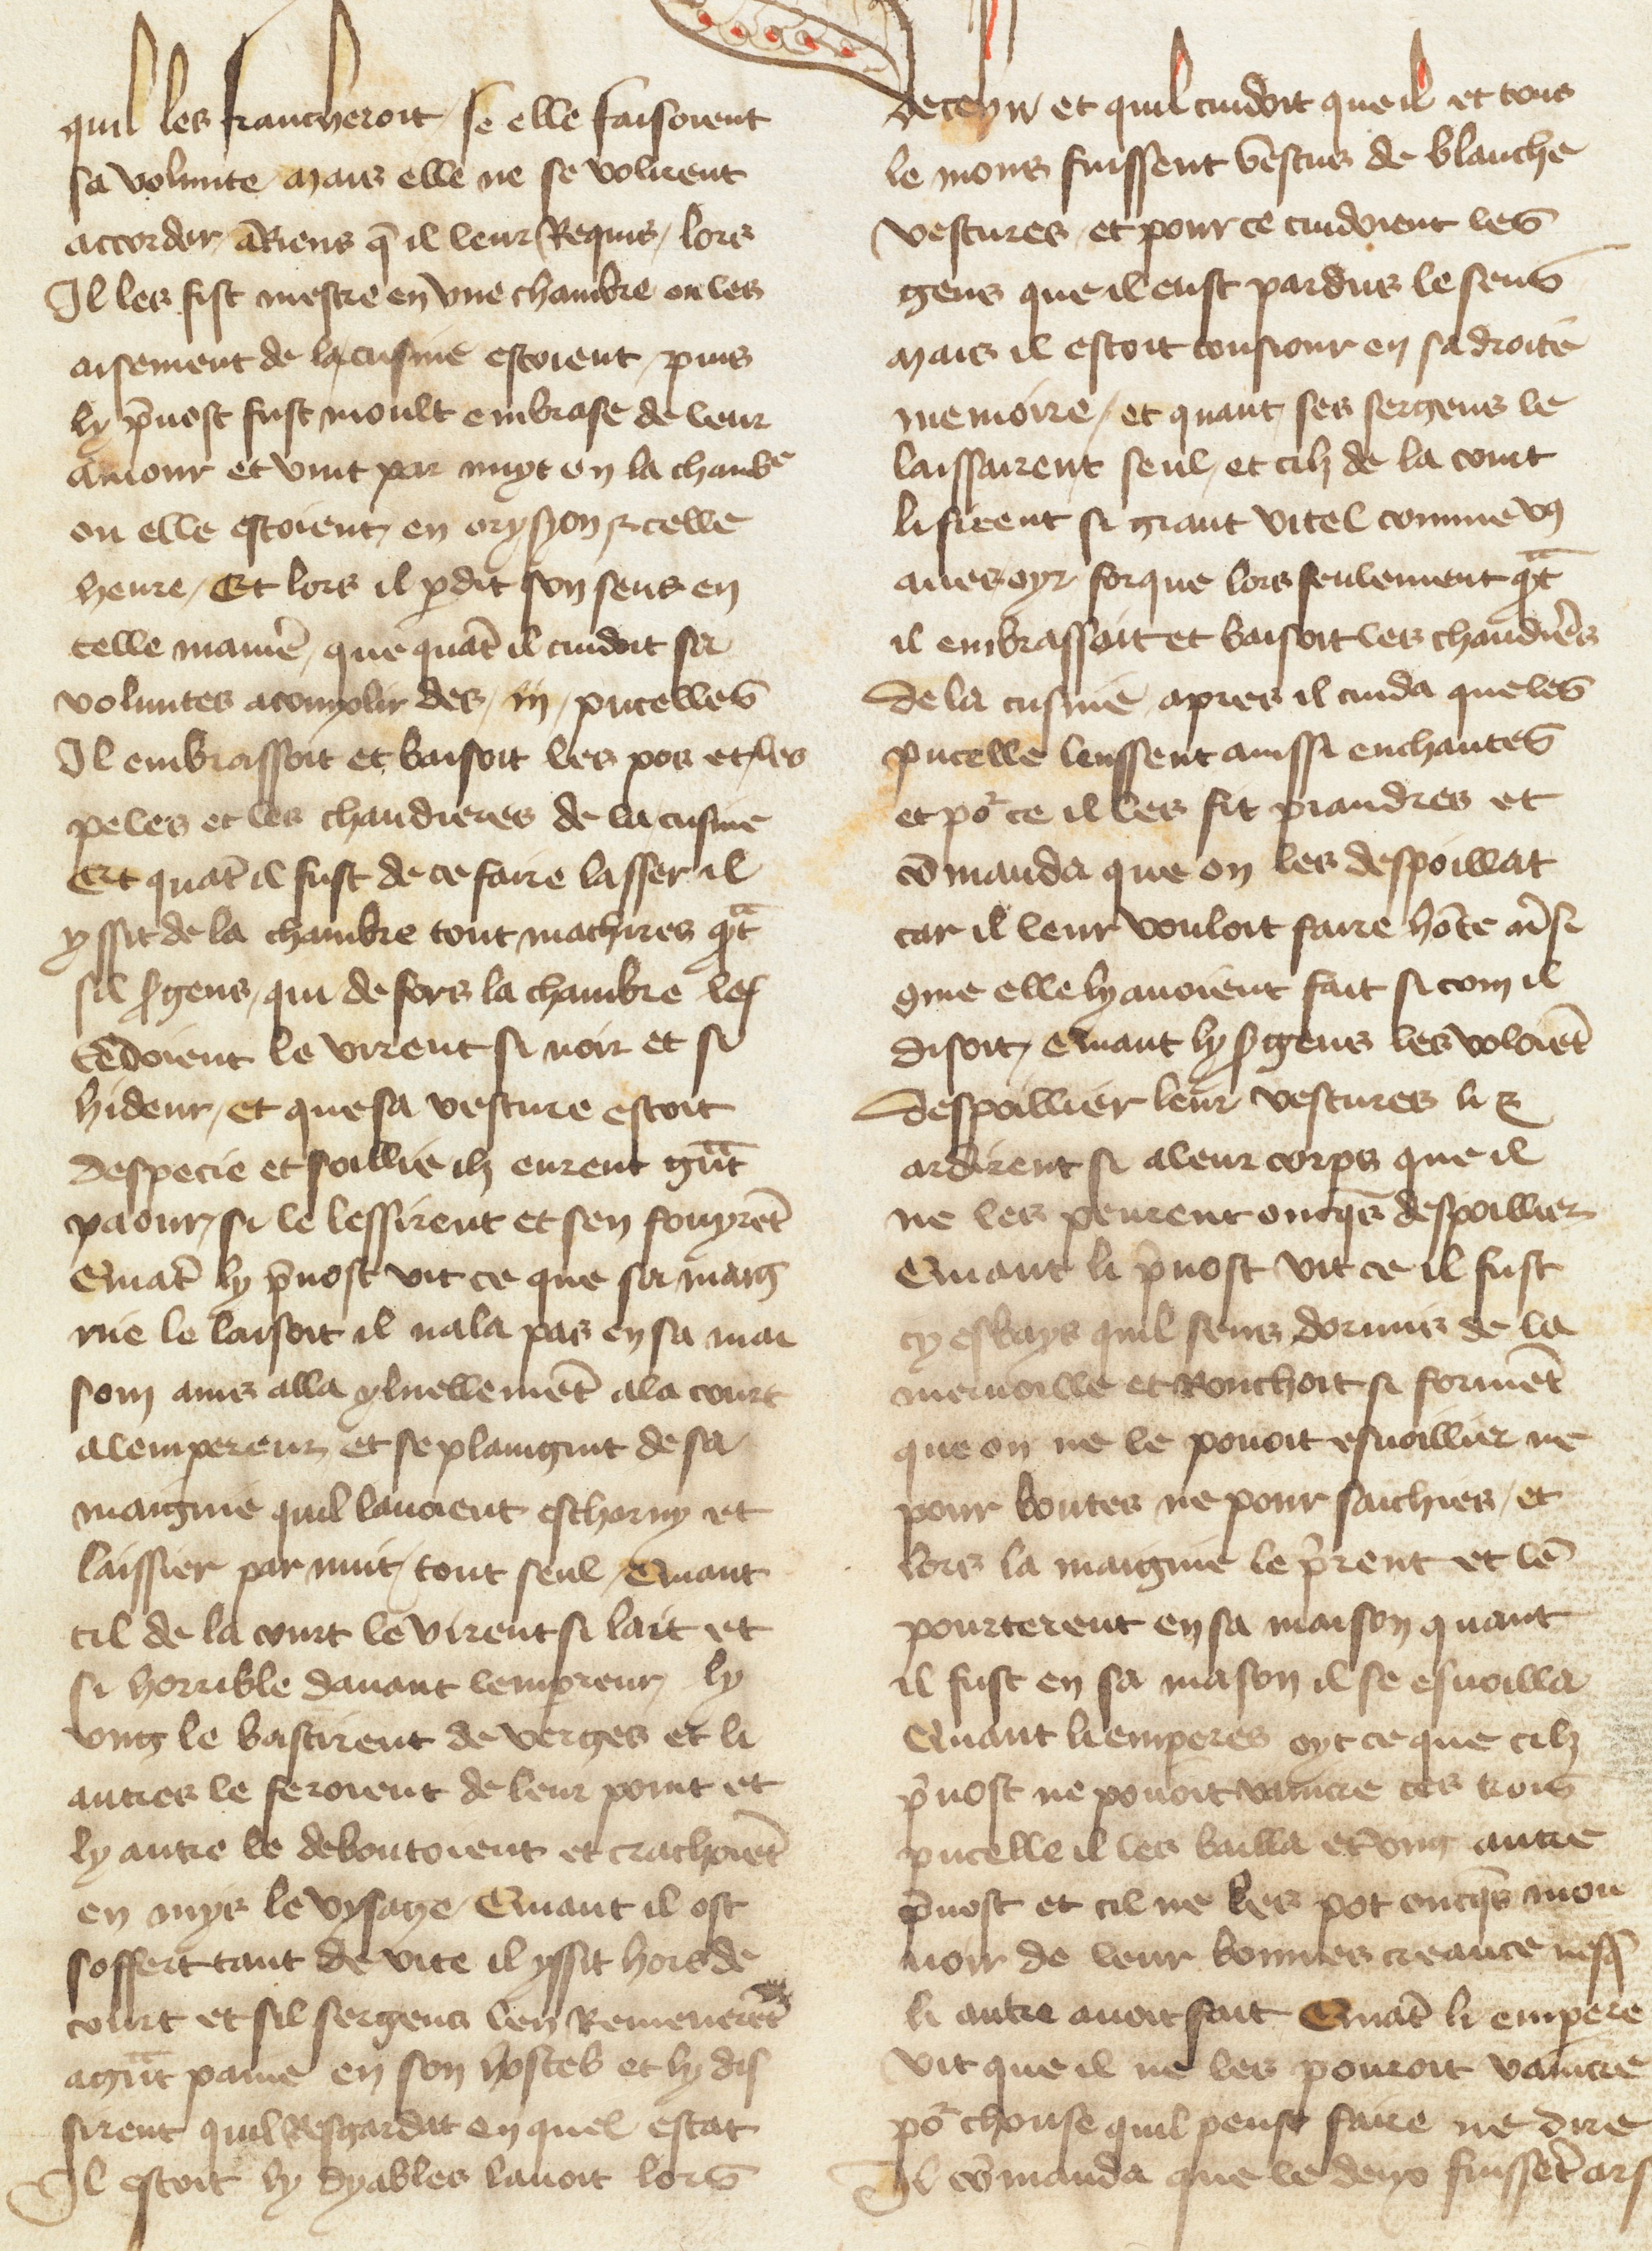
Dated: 1400–1499